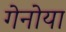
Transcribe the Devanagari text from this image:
गेनोया